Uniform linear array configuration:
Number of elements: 12
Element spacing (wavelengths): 0.5
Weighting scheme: blackman
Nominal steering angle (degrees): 45
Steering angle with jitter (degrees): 44.181
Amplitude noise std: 0.05
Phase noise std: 0.05

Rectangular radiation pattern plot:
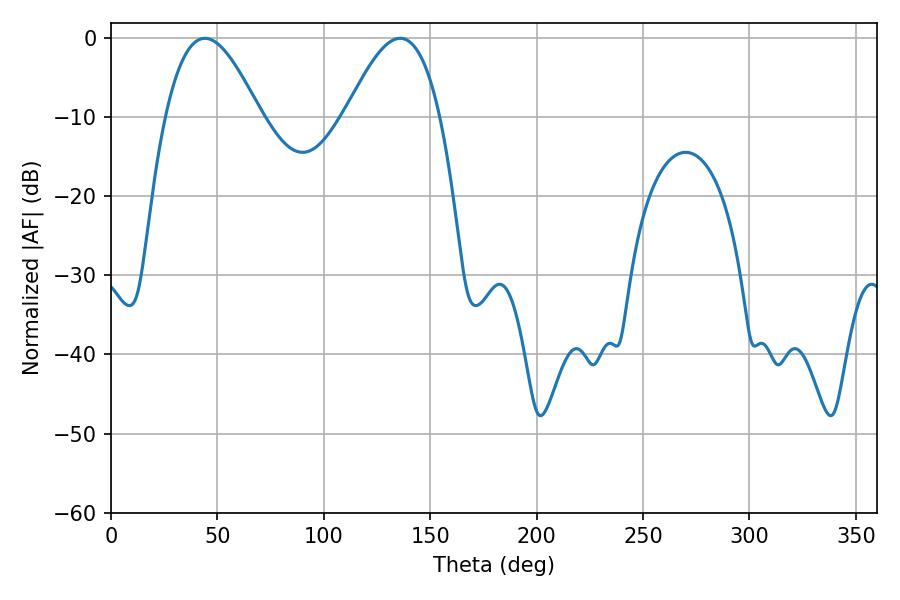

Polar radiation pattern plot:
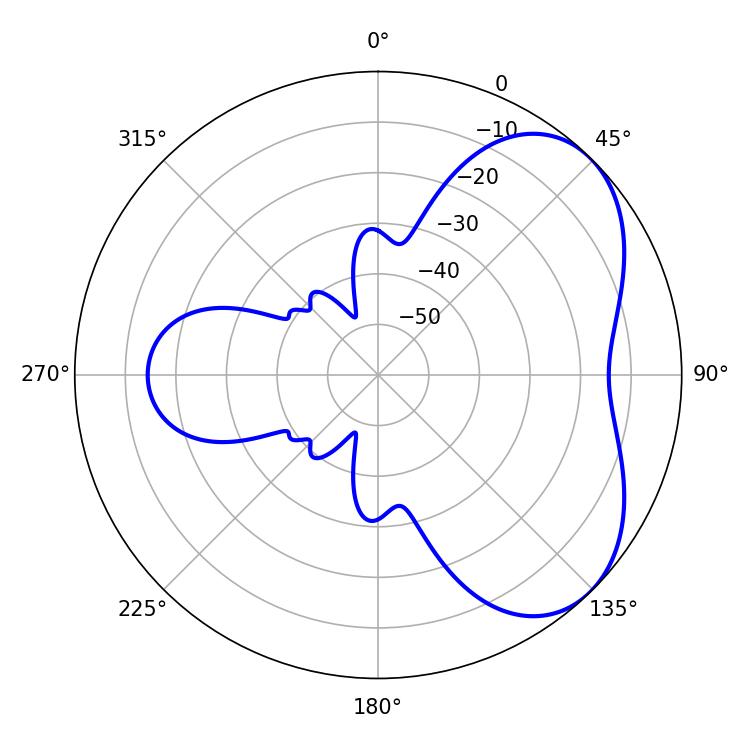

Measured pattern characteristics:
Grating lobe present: FALSE
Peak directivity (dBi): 4.831
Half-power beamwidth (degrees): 24.12
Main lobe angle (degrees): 44.1